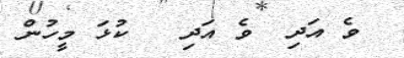
ވެ އަދި  ވެ އަދި   ކުޅަ މީހުން